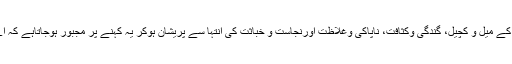
قلب پر گناہوں کی میل چڑھتی رہتی ہے یہاں تک بعض اوقات خود انسان کا دل گناہوں کے میل و کچیل، گندگی وکثافت، ناپاکی وغلاظت اورنجاست و خباثت کی انتہا سے پریشان ہوکر یہ کہنے پر مجبور ہوجاتاہے کہ اے روح اب تو یہ بدن اتنا میلا ہوگیا ہے کہ اسے چھوڑ دے اب کوئی اورلباس تلاش کر۔